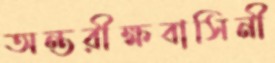
অন্তরীক্ষবাসিনী